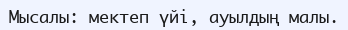
Мысалы: мектеп үйі, ауылдың малы.